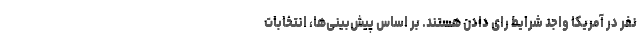
نفر در آمریکا واجد شرایط رای دادن هستند. بر اساس پیش‌بینی‌ها، انتخابات